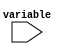
module case_example (
    input [1:0] variable
);

reg [3:0] result;

always @*
begin
    case (variable)
        2'h0: result = 4'b0000; // if variable is 2'b00
        2'h1: result = 4'b0001; // if variable is 2'b01
        2'h2: result = 4'b0010; // if variable is 2'b10
        2'h3: result = 4'b0011; // if variable is 2'b11
    endcase
end

endmodule